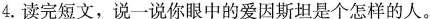
4.读完短文，说一说你眼中的爱因斯坦是个怎样的人。